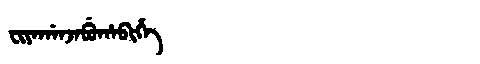
Manchu: ᠸᡳᠶᠠᡤᠠᠨᠵᠠᠪᡠᡥᠠᠪᡳᡥᡝ
Romanization: FIYAGANJABUHABIHE